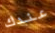
عندك